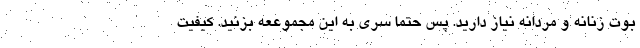
بوت زنانه و مردانه نیاز دارید. پس حتما سری به این مجموععه بزنید. کیفیت